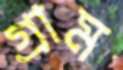
গ্রাম